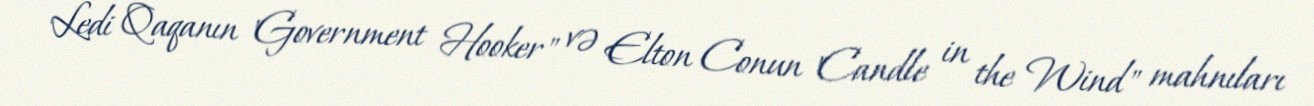
Ledi Qaqanın "Government Hooker" və Elton Conun "Candle in the Wind" mahnıları